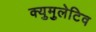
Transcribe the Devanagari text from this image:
क्युमुलेटिव